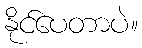
နိုင်ပေတာပဲ။